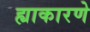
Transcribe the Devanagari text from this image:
ह्याकारणे